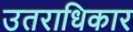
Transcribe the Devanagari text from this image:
उतराधिकार